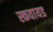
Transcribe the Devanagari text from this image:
स्कवायड